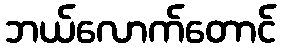
ဘယ်လောက်တောင်